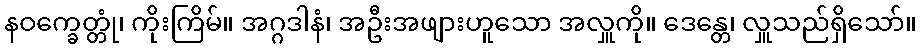
နဝက္ခေတ္တုံ၊ ကိုးကြိမ်။ အဂ္ဂဒါနံ၊ အဦးအဖျားဟူသော အလှူကို။ ဒေန္တေ၊ လှူသည်ရှိသော်။